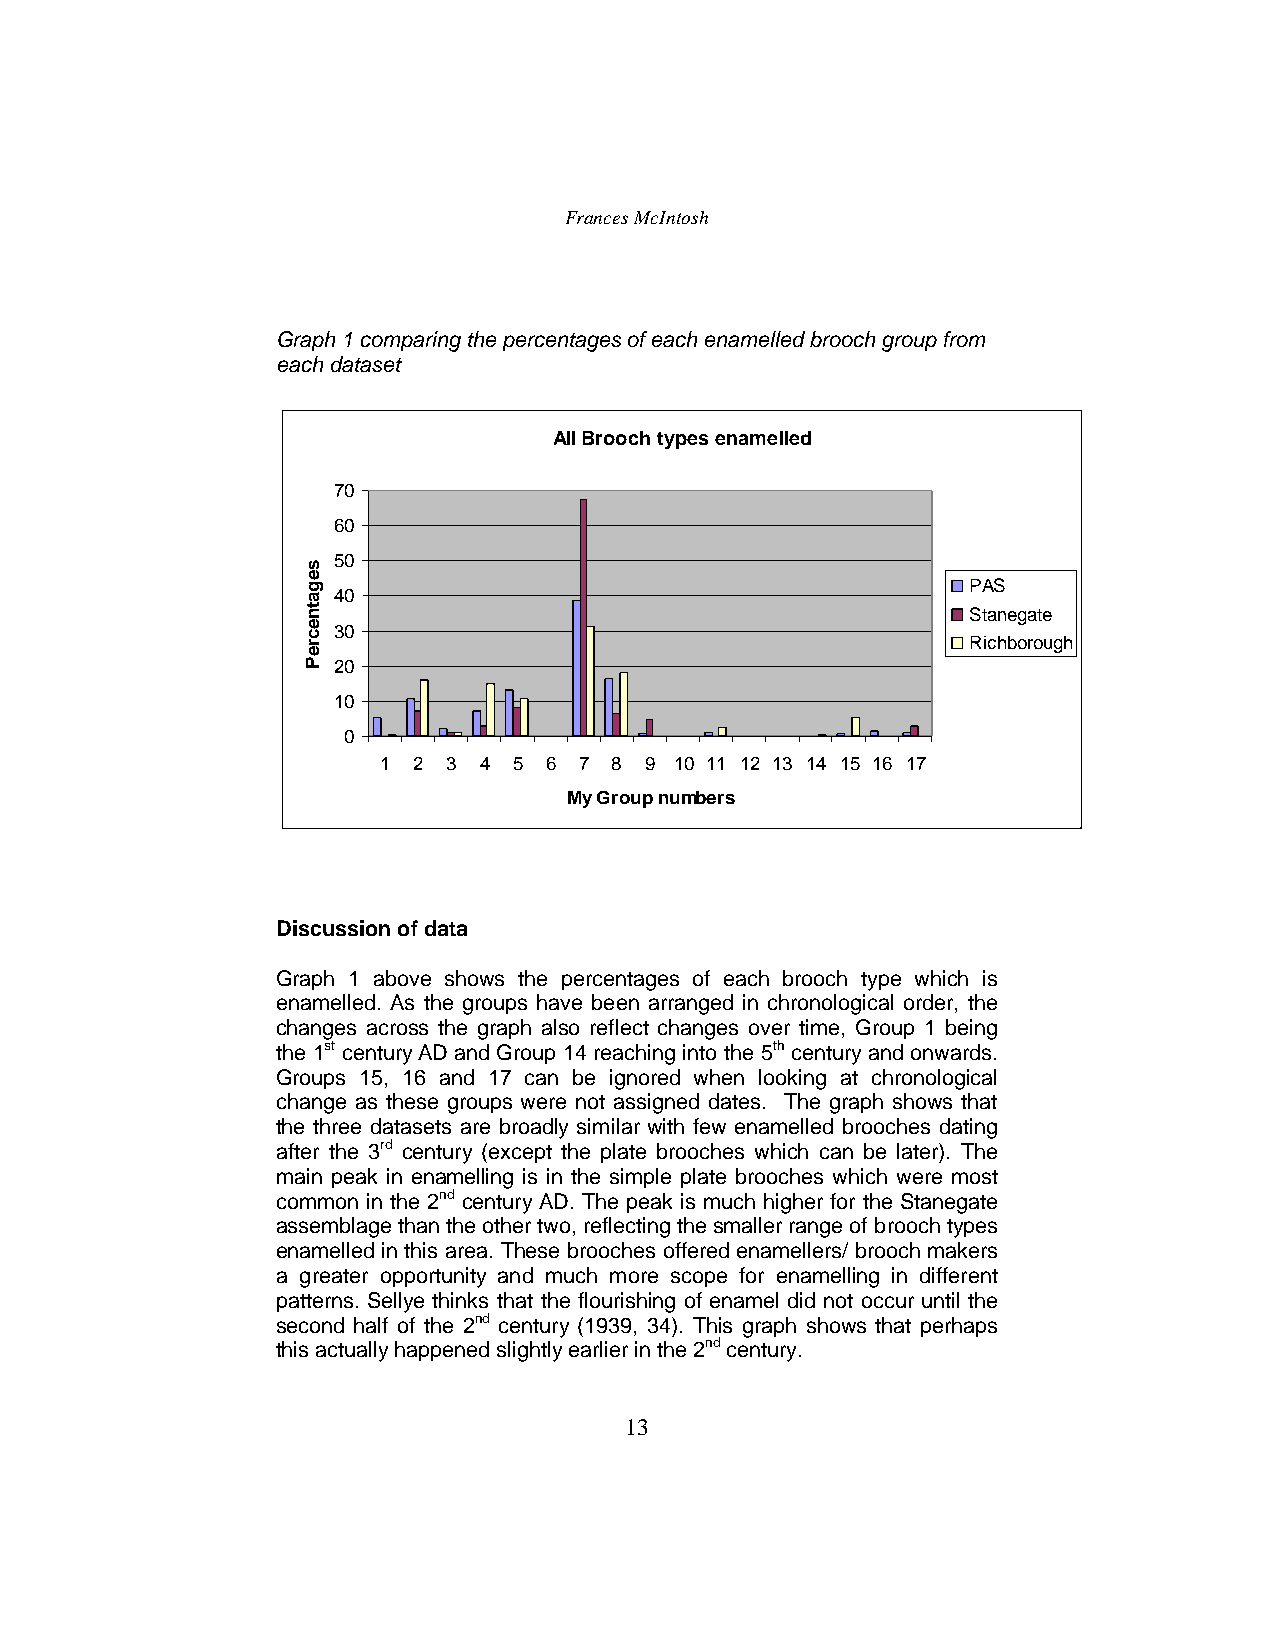
Frances McIntosh
 Graph 1 comparing the percentages of each enamelled brooch group from
 each dataset
 All Brooch types enamelled
 70
 60
 50
 PAS
 40
 Stanegate
 30
 Richborough
 20
 10
 0
 1 2  3 4 5 6 7 8  9 10 11 12 13 14 15 16 17
 My Group numbers
 Discussion of data
 Graph 1 above shows the percentages of each brooch type which is
 enamelled. As the groups have been arranged in chronological order, the
 changes across the graph also reflect changes over time, Group 1 being
 the 1st century AD and Group 14 reaching into the 5th century and onwards.
 Groups 15, 16 and 17 can be ignored when looking at chronological
 change as these groups were not assigned dates. The graph shows that
 the three datasets are broadly similar with few enamelled brooches dating
 after the 3rd century (except the plate brooches which can be later). The
 main peak in enamelling is in the simple plate brooches which were most
 common in the 2nd century AD. The peak is much higher for the Stanegate
 assemblage than the other two, reflecting the smaller range of brooch types
 enamelled in this area. These brooches offered enamellers/ brooch makers
 a greater opportunity and much more scope for enamelling in different
 patterns. Sellye thinks that the flourishing of enamel did not occur until the
 second half of the 2nd century (1939, 34). This graph shows that perhaps
 this actually happened slightly earlier in the 2ndcentury.
 13
 segatnecreP